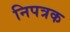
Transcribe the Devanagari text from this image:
निपत्रक